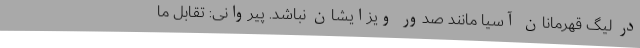
در لیگ قهرمانان آسیا مانند صدور ویزایشان نباشد. پیروانی: تقابل ما